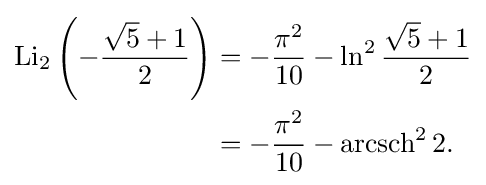
{\begin{aligned}\operatorname {Li} _{2}\left(-{\frac {{\sqrt {5}}+1}{2}}\right)&=-{\frac {{\pi }^{2}}{10}}-\ln ^{2}{\frac {{\sqrt {5}}+1}{2}}\\&=-{\frac {{\pi }^{2}}{10}}-\operatorname {arcsch} ^{2}2.\end{aligned}}